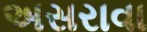
અસરાવા